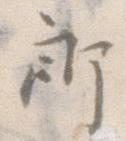
郎